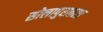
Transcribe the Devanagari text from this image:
सोलापुरातला